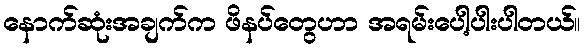
နောက်ဆုံးအချက်က ဖိနပ်တွေဟာ အရမ်းပေါ့ပါးပါတယ်။